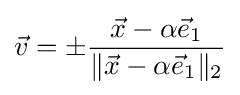
{\vec {v}}=\pm {\frac {{\vec {x}}-\alpha {\vec {e}}_{1}}{\|{\vec {x}}-\alpha {\vec {e}}_{1}\|_{2}}}